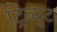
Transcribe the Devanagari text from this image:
ट्रिब्युट